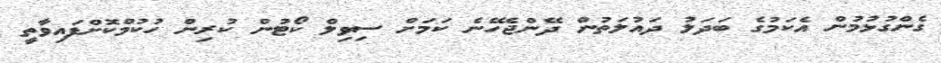
ގެންގުޅުމުން އެކަމުގެ ބަދަލު ދައުލަތުން ދޭންޖެހޭނެ ކަމަށް ސިވިލް ކޯޓުން ކުރިން ހުކުމްކޮށްފައިވާތީ